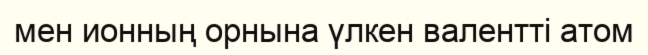
мен ионның орнына үлкен валентті атом